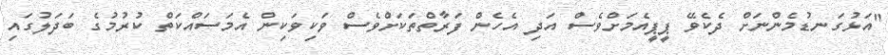
"އަޅުގަނޑުމެންނަށް ދެކެވޭ ޕީޕީއެމަށްވެސް އަދި އެހެން ފަރާތްތަކަށްވެސް ވަކިވަކިން އެމަސައްކަތް ކުރުމުގެ ބަދަލުގައި